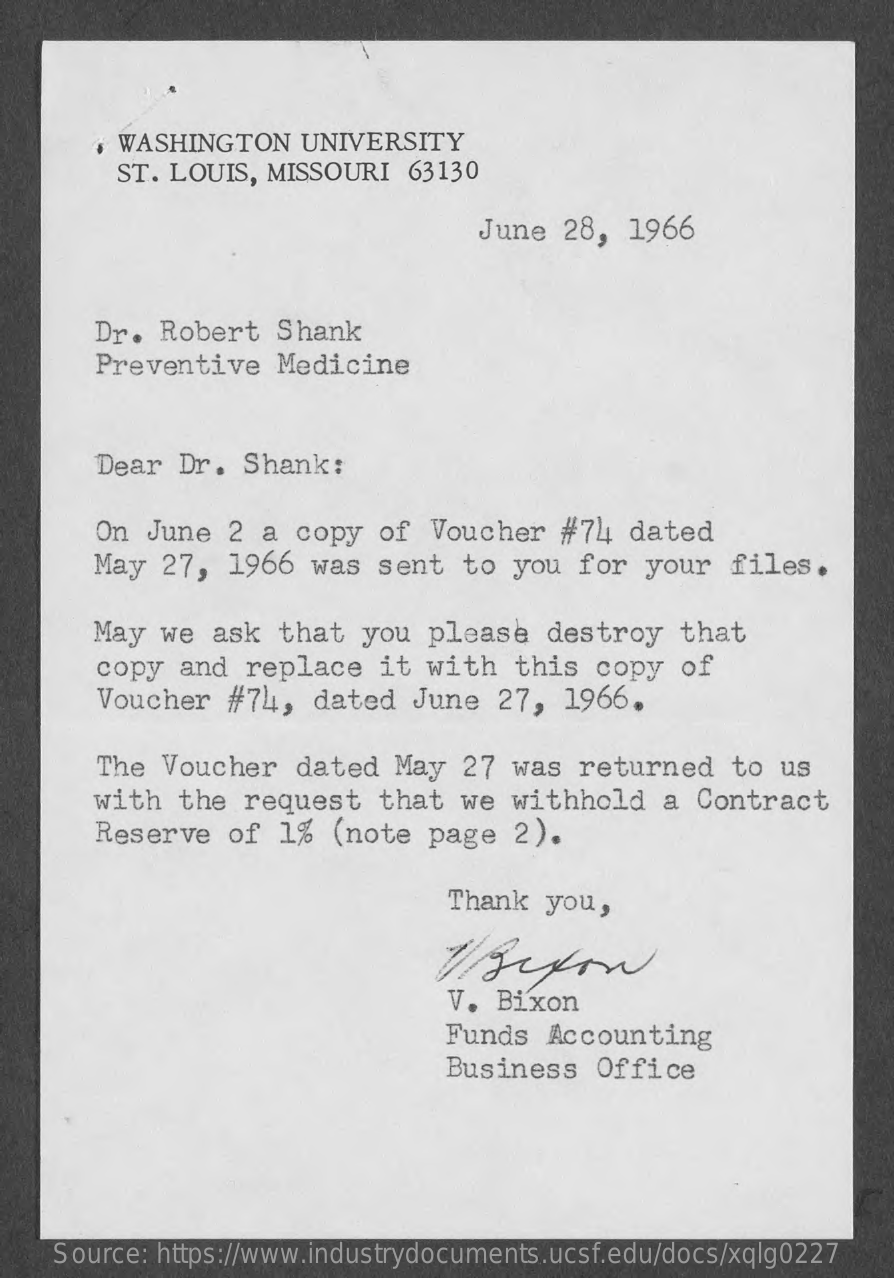
WASHINGTON    UNIVERSITY
     ST. LOUIS, MISSOURI   63130
     June  28,  1966
     Dr.  Robert   Shank
     Preventive    Medicine
     Dear  Dr.  Shank:
     On  June  2  a copy   of  Voucher  #74  dated
     May  27,  1966  was  sent   to you  for  your   files.
     May  we  ask  that  you  please   destroy   that
     copy  and replace    it with   this  copy  of
     Voucher  #74,   dated  June  27,   1966.
     The  Voucher   dated   May  27 was  returned    to  us
     with   the request    that  we withhold    a Contract
     Reserve   of  1%  (note  page   2).
     Thank  you,
     V. Bixon
     Funds  Accounting
     Business   Office
     Source: https://www.industrydocuments.ucsf.edu/docs/xqlg0227